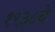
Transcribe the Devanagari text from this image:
१९३८चे